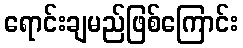
ရောင်းချမည်ဖြစ်ကြောင်း